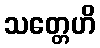
သတ္တေဟိ